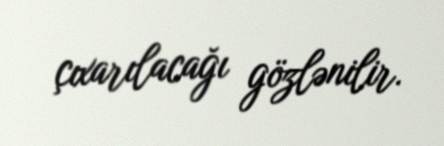
çıxarılacağı gözlənilir.